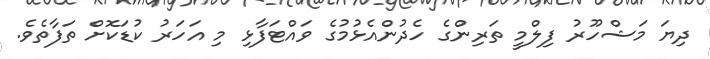
ދިޔަ މަޝްހޫރު ފިލްމީ ތަރިންގެ ހެދުންއެޅުމުގެ ވައްޓަފާޅި މި އަހަރު ކުޑަކޮށް ތަފާތެވެ.